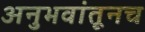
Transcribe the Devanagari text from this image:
अनुभवांतूनच